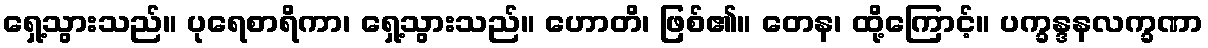
ရှေ့သွားသည်။ ပုရေစာရိကာ၊ ရှေ့သွားသည်။ ဟောတိ၊ ဖြစ်၏။ တေန၊ ထို့ကြောင့်။ ပက္ခန္ဒနလက္ခဏာ